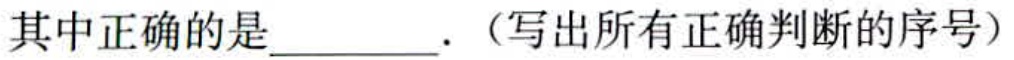
其中正确的是\underline{\qquad}．（写出所有正确判断的序号）